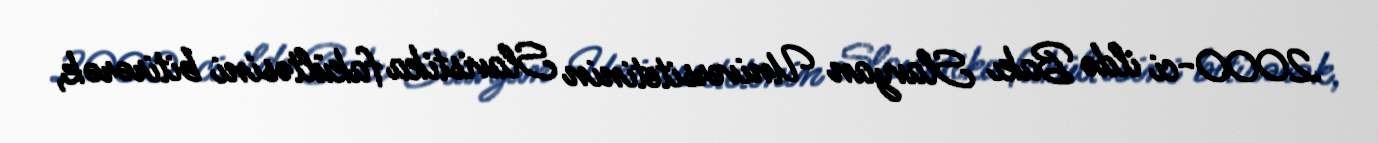
2000-ci ildə Bakı Slavyan Universitetinin Slavistika fakültəsini bitirərək,